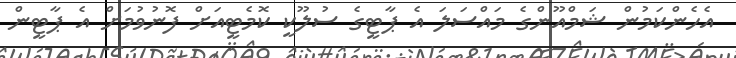
އެހެންކަމުން ޝަމްއޫންގެ މައްސަލަ އެ ޕާޓީގެ ސުލޫކީ ކޮމެޓީއަށް ފޮނުވުމަށް އެ ޕާޓީން